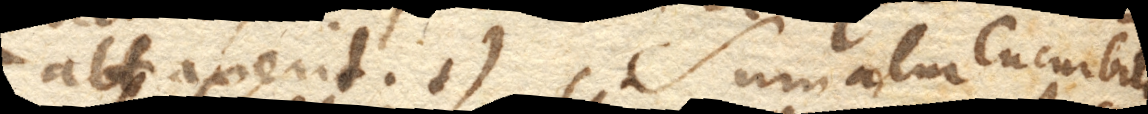
abtraxerit. +) Gerick. lib. 3. c. 13 Sumatur Cucurbita